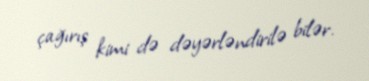
çağırış kimi də dəyərləndirilə bilər.